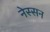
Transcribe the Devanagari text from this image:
नेस्‍सन